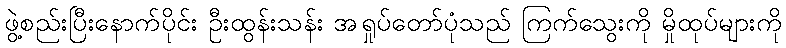
ဖွဲ့စည်းပြီးနောက်ပိုင်း ဦးထွန်းသန်း အရှုပ်တော်ပုံသည် ကြက်သွေးကို မှိုထုပ်များကို